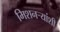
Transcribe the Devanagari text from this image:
मिशनऱ्यांशी